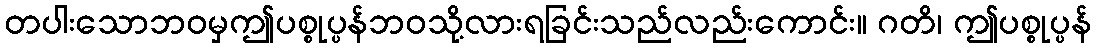
တပါးသောဘဝမှဤပစ္စုပ္ပန်ဘဝသို့လားရခြင်းသည်လည်းကောင်း။ ဂတိ၊ ဤပစ္စုပ္ပန်